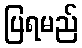
ပြရမည်